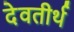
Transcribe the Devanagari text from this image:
देवतीर्थ